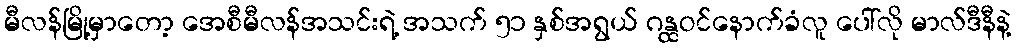
မီလန်မြို့မှာတော့ အေစီမီလန်အသင်းရဲ့ အသက် ၅၁ နှစ်အရွယ် ဂန္ထဝင်နောက်ခံလူ ပေါ်လို မာလ်ဒီနီနဲ့